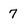
Character: 7